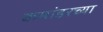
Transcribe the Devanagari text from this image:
कमांडरच्या